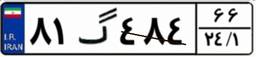
۸۱گ۴۸۴۶۶